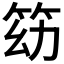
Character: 𥬓